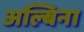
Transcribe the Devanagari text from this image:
अल्बिना